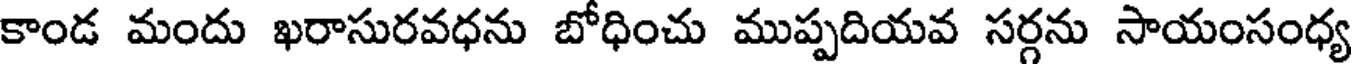
కాండ మందు ఖరాసురవధను బోధించు ముప్పదియవ సర్గను సాయంసంధ్య